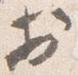
於